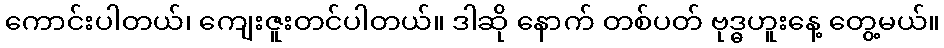
ကောင်းပါတယ်၊ ကျေးဇူးတင်ပါတယ်။ ဒါဆို နောက် တစ်ပတ် ဗုဒ္ဓဟူးနေ့ တွေ့မယ်။